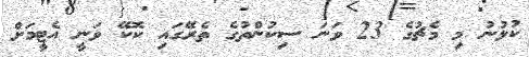
ކުޅުނު މި މެޗުގެ 23 ވަނަ ސިކުންތުގެ ތެރޭގައި ކޮކޭ ވަނީ އެޓީމަށް